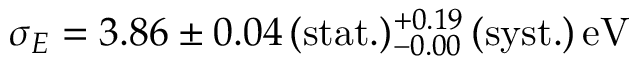
{ \sigma _ { E } = 3 . 8 6 \pm 0 . 0 4 \, ( \mathrm { s t a t . } ) _ { - 0 . 0 0 } ^ { + 0 . 1 9 } \, ( \mathrm { s y s t . } ) \, \mathrm { e V } }